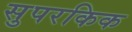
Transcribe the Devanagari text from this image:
सुपरकिक